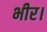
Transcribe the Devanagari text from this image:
भीर।